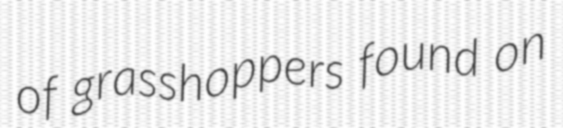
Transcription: of grasshoppers found on